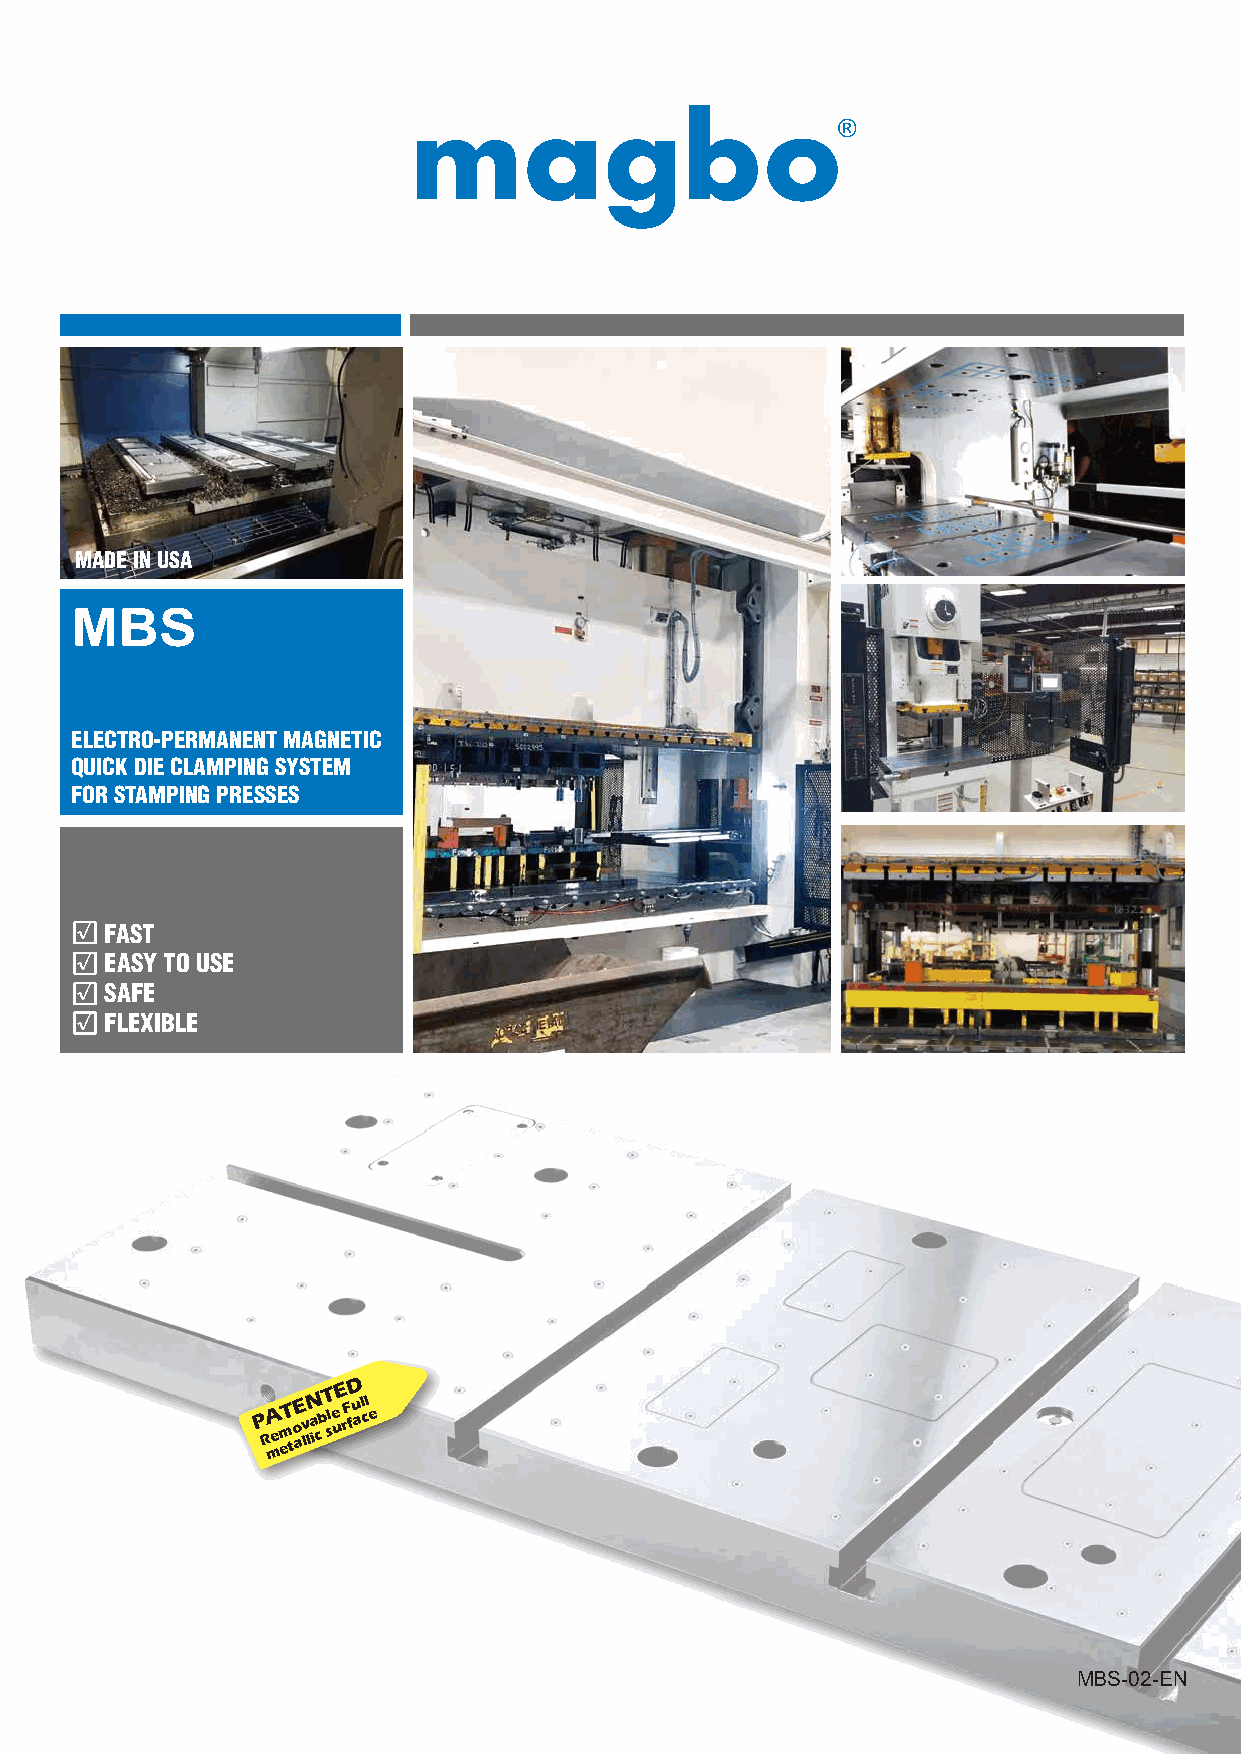
®
 MADE IN USA
 MBS
 ELECTRO-PERMANENT MAGNETIC
 QUICK DIE CLAMPING SYSTEM
 FOR STAMPING PRESSES
 √ FAST
 √ EASY TO USE
 √ SAFE
 √ FLEXIBLE
 P RA mem eT to aE lv lN a icb T sle uE rF fD u al cl e
 MBS-02-EN